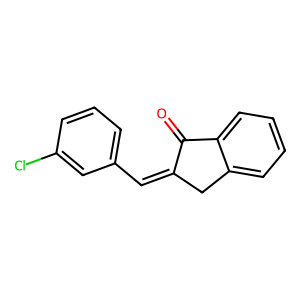
SMILES: O=C1C(=Cc2cccc(Cl)c2)Cc2ccccc21
Inhibits HIV replication: No